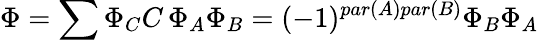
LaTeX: \Phi=\sum\Phi_{C}C\, \Phi_{A}\Phi_{B}=(-1)^{par(A)par(B)}\Phi_{B}\Phi_{A}